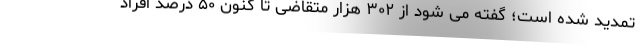
تمدید شده است؛ گفته می شود از ۳۰۲ هزار متقاضی تا کنون ۵۰ درصد افراد